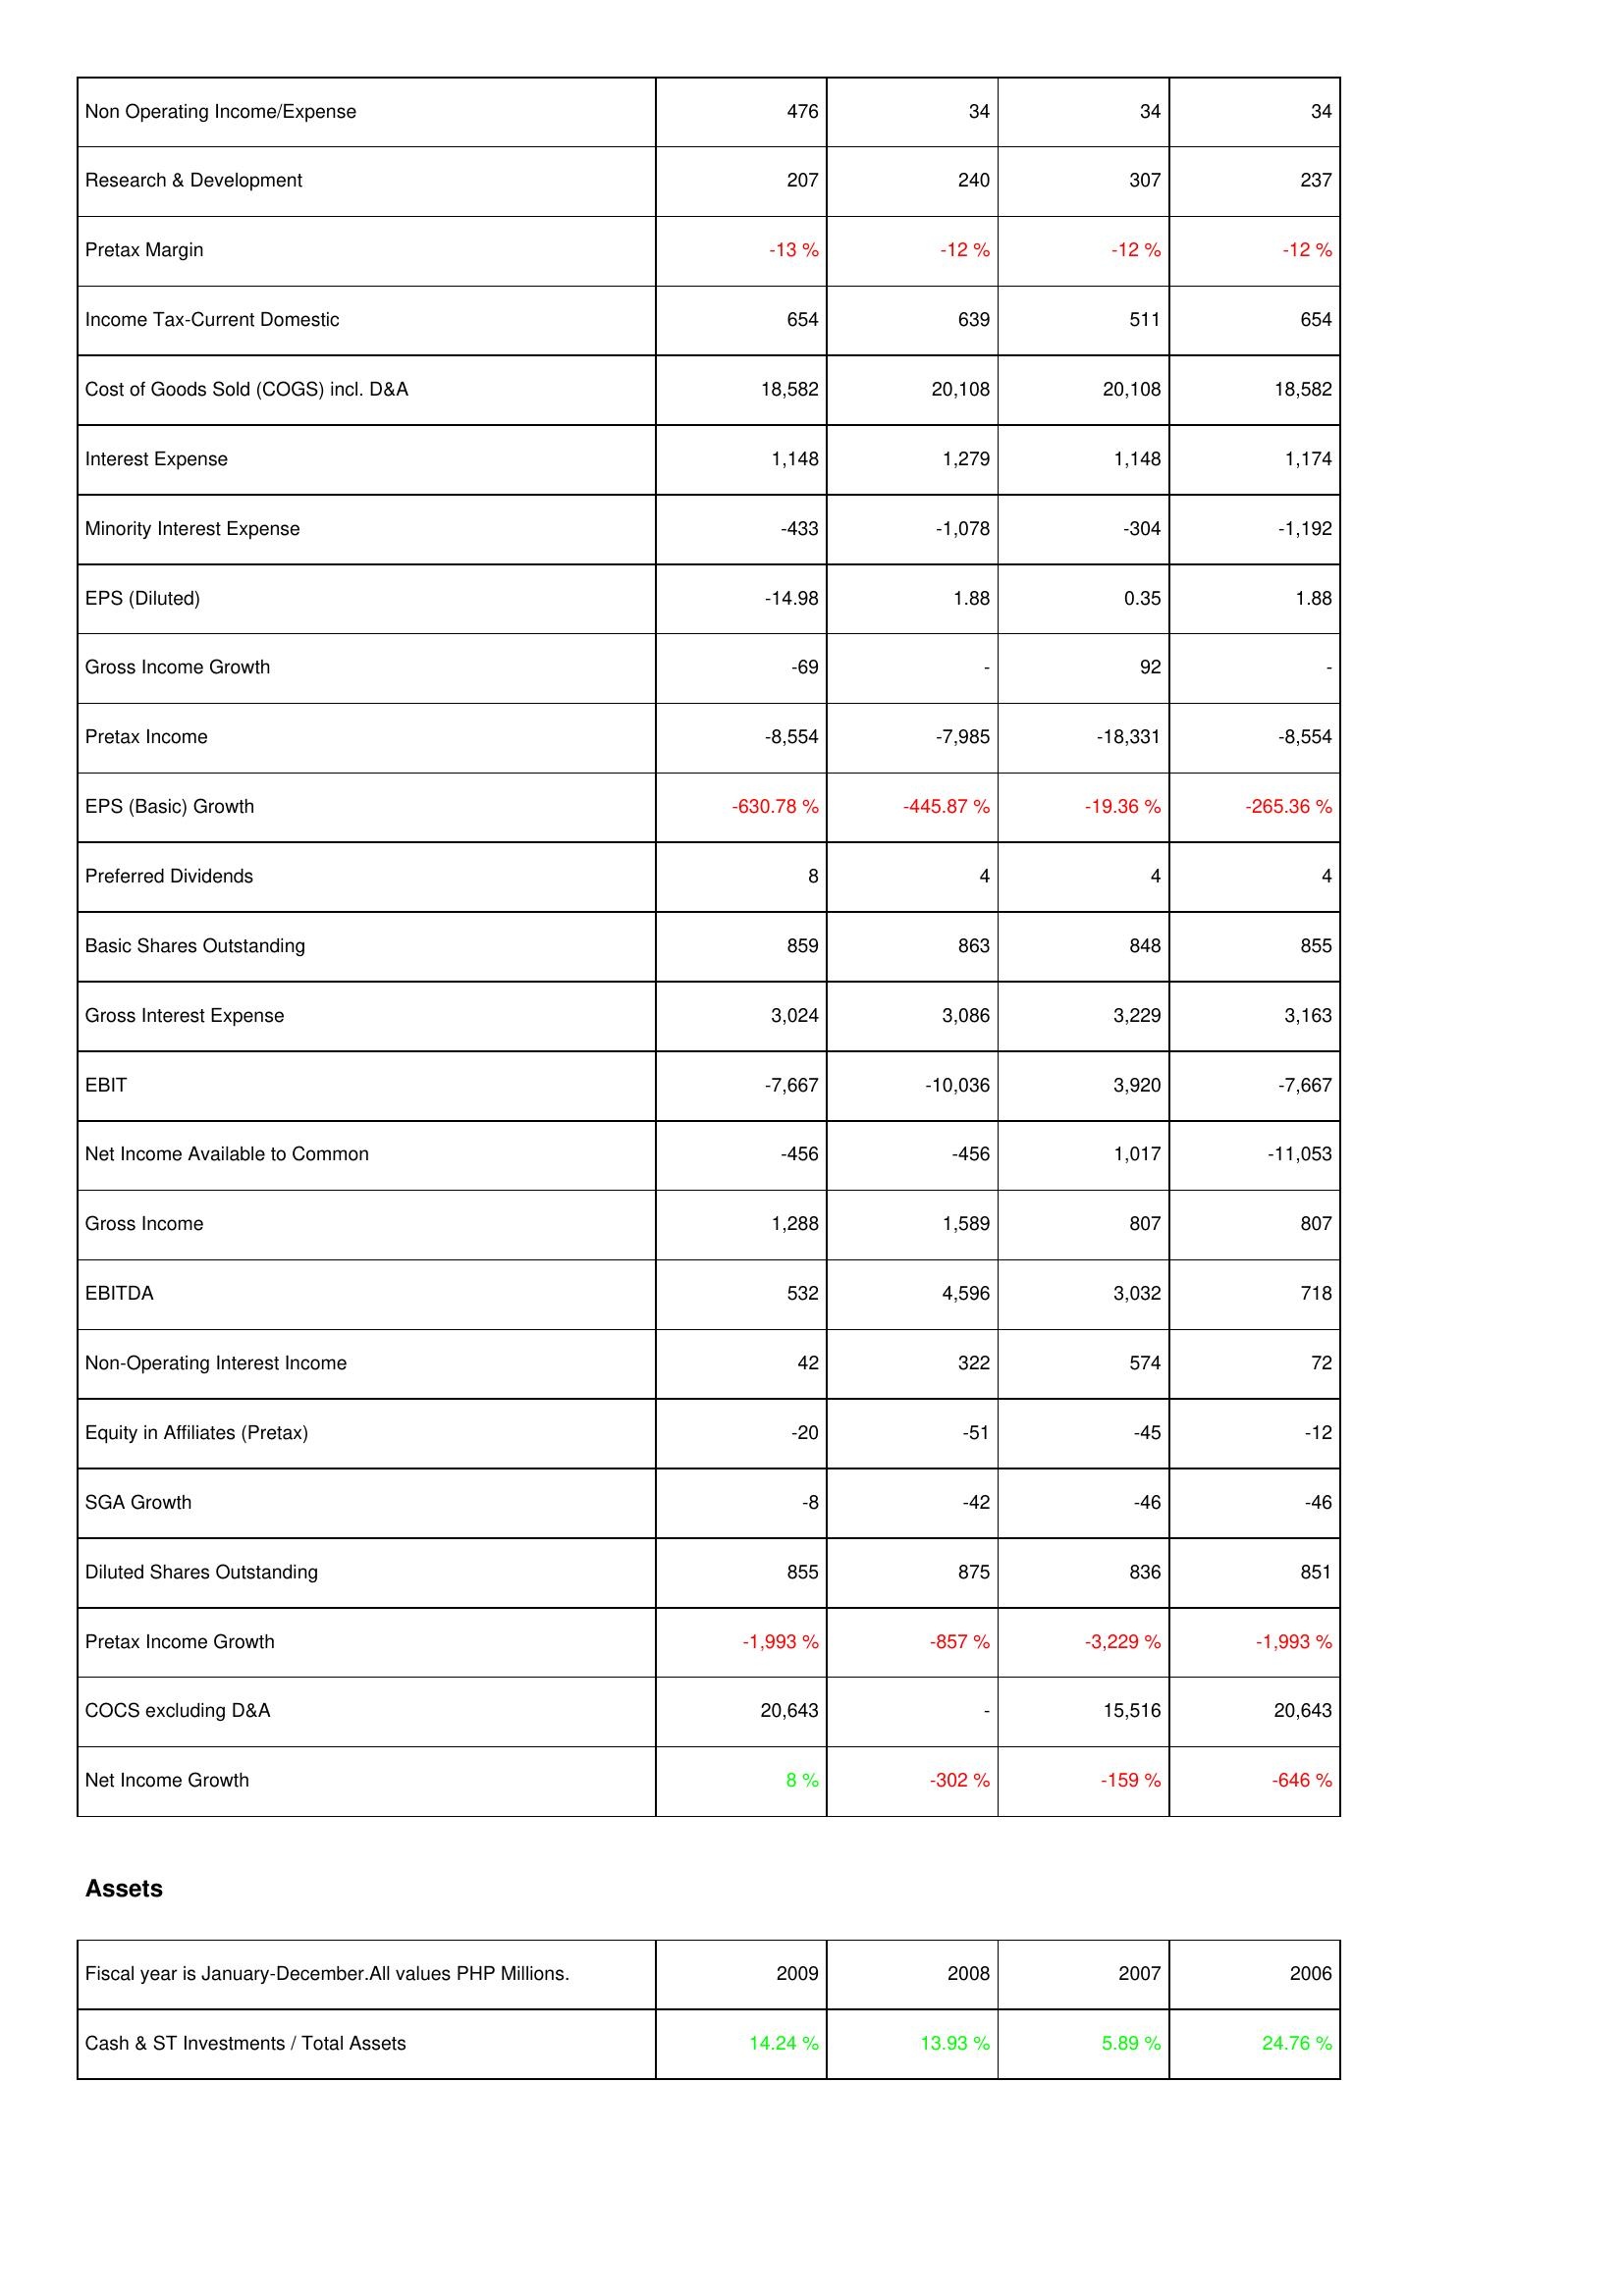
2009: Income Statement: Non Operating Income/Expense: 476
Research & Development: 207
Pretax Margin: -13 %
Income Tax-Current Domestic: 654
Cost of Goods Sold (COGS) incl. D&A: 18,582
Interest Expense: 1,148
Minority Interest Expense: -433
EPS (Diluted): -14.98
Gross Income Growth: -69
Pretax Income: -8,554
EPS (Basic) Growth: -630.78 %
Preferred Dividends: 8
Basic Shares Outstanding: 859
Gross Interest Expense: 3,024
EBIT: -7,667
Net Income Available to Common: -456
Gross Income: 1,288
EBITDA: 532
Non-Operating Interest Income: 42
Equity in Affiliates (Pretax): -20
SGA Growth: -8
Diluted Shares Outstanding: 855
Pretax Income Growth: -1,993 %
COCS excluding D&A: 20,643
Net Income Growth: 8 %
Assets: Cash & ST Investments / Total Assets: 14.24 %
2008: Income Statement: Non Operating Income/Expense: 34
Research & Development: 240
Pretax Margin: -12 %
Income Tax-Current Domestic: 639
Cost of Goods Sold (COGS) incl. D&A: 20,108
Interest Expense: 1,279
Minority Interest Expense: -1,078
EPS (Diluted): 1.88
Gross Income Growth: -
Pretax Income: -7,985
EPS (Basic) Growth: -445.87 %
Preferred Dividends: 4
Basic Shares Outstanding: 863
Gross Interest Expense: 3,086
EBIT: -10,036
Net Income Available to Common: -456
Gross Income: 1,589
EBITDA: 4,596
Non-Operating Interest Income: 322
Equity in Affiliates (Pretax): -51
SGA Growth: -42
Diluted Shares Outstanding: 875
Pretax Income Growth: -857 %
COCS excluding D&A: -
Net Income Growth: -302 %
Assets: Cash & ST Investments / Total Assets: 13.93 %
2007: Income Statement: Non Operating Income/Expense: 34
Research & Development: 307
Pretax Margin: -12 %
Income Tax-Current Domestic: 511
Cost of Goods Sold (COGS) incl. D&A: 20,108
Interest Expense: 1,148
Minority Interest Expense: -304
EPS (Diluted): 0.35
Gross Income Growth: 92
Pretax Income: -18,331
EPS (Basic) Growth: -19.36 %
Preferred Dividends: 4
Basic Shares Outstanding: 848
Gross Interest Expense: 3,229
EBIT: 3,920
Net Income Available to Common: 1,017
Gross Income: 807
EBITDA: 3,032
Non-Operating Interest Income: 574
Equity in Affiliates (Pretax): -45
SGA Growth: -46
Diluted Shares Outstanding: 836
Pretax Income Growth: -3,229 %
COCS excluding D&A: 15,516
Net Income Growth: -159 %
Assets: Cash & ST Investments / Total Assets: 5.89 %
2006: Income Statement: Non Operating Income/Expense: 34
Research & Development: 237
Pretax Margin: -12 %
Income Tax-Current Domestic: 654
Cost of Goods Sold (COGS) incl. D&A: 18,582
Interest Expense: 1,174
Minority Interest Expense: -1,192
EPS (Diluted): 1.88
Gross Income Growth: -
Pretax Income: -8,554
EPS (Basic) Growth: -265.36 %
Preferred Dividends: 4
Basic Shares Outstanding: 855
Gross Interest Expense: 3,163
EBIT: -7,667
Net Income Available to Common: -11,053
Gross Income: 807
EBITDA: 718
Non-Operating Interest Income: 72
Equity in Affiliates (Pretax): -12
SGA Growth: -46
Diluted Shares Outstanding: 851
Pretax Income Growth: -1,993 %
COCS excluding D&A: 20,643
Net Income Growth: -646 %
Assets: Cash & ST Investments / Total Assets: 24.76 %